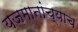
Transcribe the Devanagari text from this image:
यजमानांच्याच